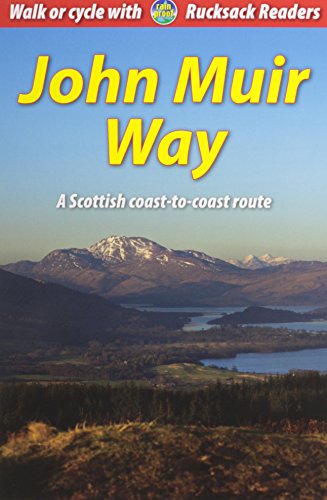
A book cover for John Muir Way Bundle: Guidebook Plus Map (Rucksack Readers); Sandra Bardwell; Health, Fitness & Dieting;